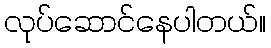
လုပ်ဆောင်နေပါတယ်။